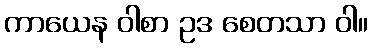
ကာယေန ဝါစာ ဥဒ စေတသာ ဝါ။